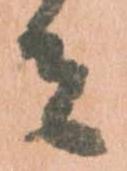
者